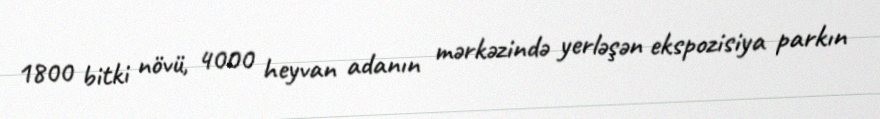
1800 bitki növü, 4000 heyvan adanın mərkəzində yerləşən ekspozisiya parkın